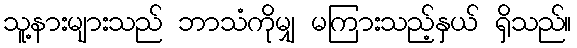
သူ့နားများသည် ဘာသံကိုမျှ မကြားသည့်နှယ် ရှိသည်။